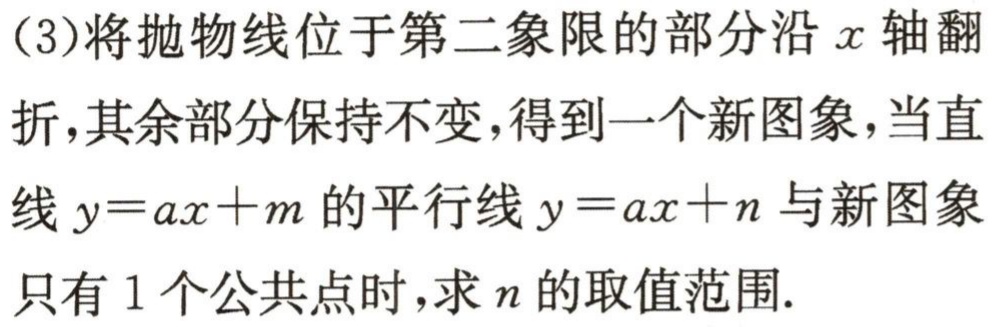
(3)将抛物线位于第二象限的部分沿\(x\)轴翻折，其余部分保持不变，得到一个新图象，当直线\(y = ax + m\)的平行线\(y = ax + n\)与新图象只有\(1\)个公共点时，求\(n\)的取值范围.